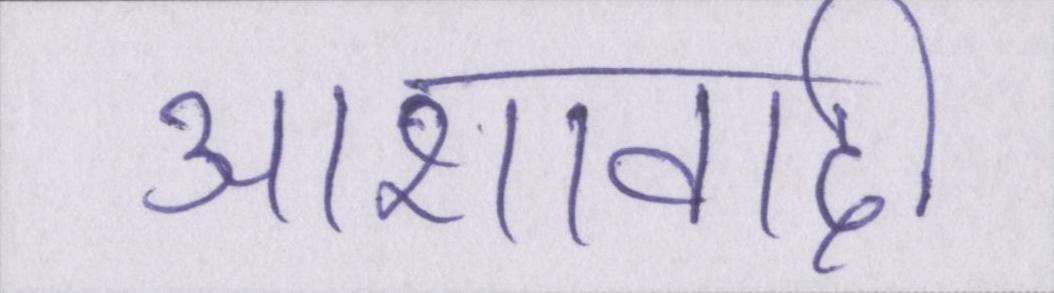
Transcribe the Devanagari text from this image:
आशावादी